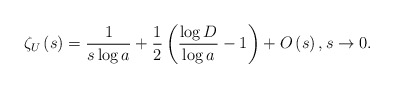
\begin{align*} \zeta _{U}\left( s\right) =\frac{1}{s\log a}+\frac{1}{2}\left( \frac{\log D}{\log a}-1\right) +O\left( s\right), s\to 0.\end{align*}